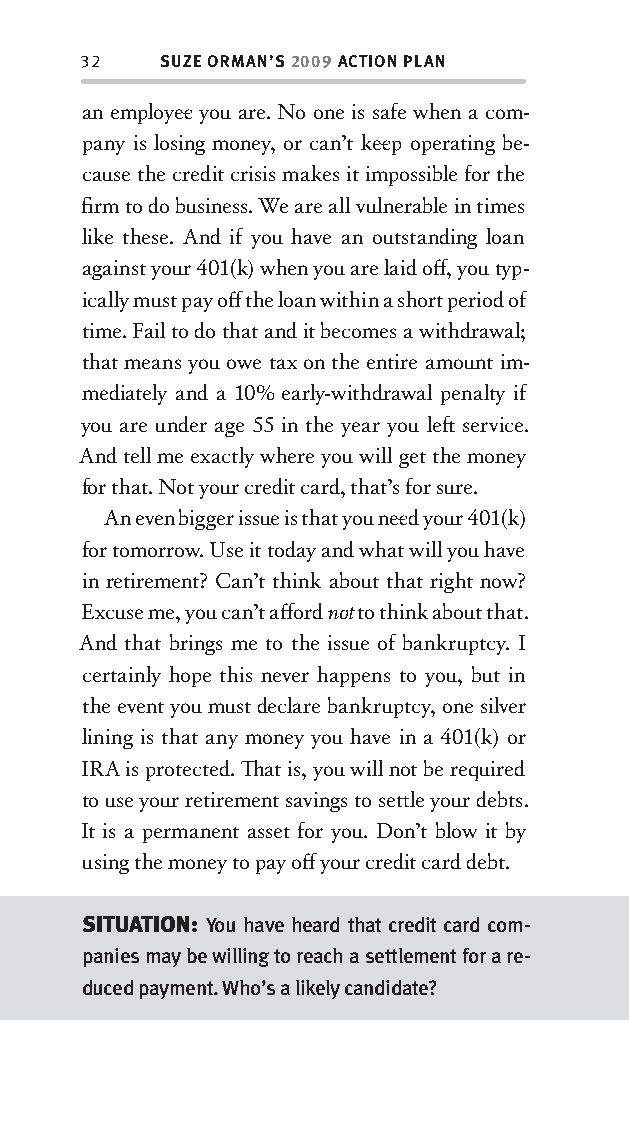
32   SUZE ORMAN’S 2009 ACTION PLAN
 an employee you are. No one is safe when a com-
 pany is losing money, or can’t kee p operating be-
 cause the credit crisis makes it impossible for the
 fi rm to do business. We are all vulnerable in times
 like these. And if you have an outstanding loan
 against your 401(k) when you are laid off , you ty p-
 ically must pay off the loan within a short period of
 time. Fail to do that and it becomes a withdrawal;
 that means you owe tax on the entire amount im-
 mediately and a 10% early-withdrawal penalty if
 you are under age 55 in the year you left service.
 And tell me exactly where you will get the money
 for that. Not your credit card, that’s for sure.
 An even bigger issue is that you nee d your 401(k)
 for tomorrow. Use it today and what will you have
 in retirement? Can’t think about that right now?
 Excuse me, you can’t aff ord not to think about that.
 And that brings me to the issue of bankruptcy. I
 certainly hope this never happens to you, but in
 the event you must declare bankruptcy, one silver
 lining is that any money you have in a 401(k) or
 IRA is protected. Th at is, you will not be required
 to use your retirement savings to sett le your debts.
 It is a permanent asset for you. Don’t blow it by
 using the money to pay off your credit card debt.
 SITUATION: You have heard that credit card com-
 panies may be willing to reach a settlement for a re-
 duced payment. Who’s a likely candidate?
 OOrrmmaa__99778800338855553300993344__44pp__aallll__rr11..iinndddd 3322 1122//33//0088 99::3311::0033 AAMM